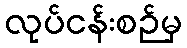
လုပ်ငန်းစဉ်မှ